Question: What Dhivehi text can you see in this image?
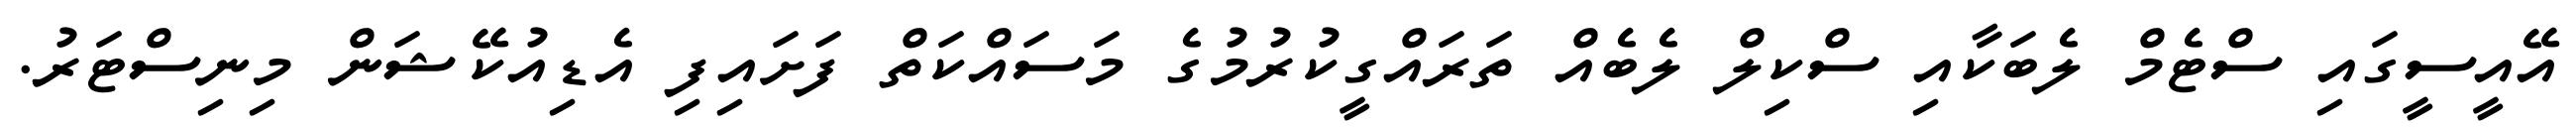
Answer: އޭއީސީގައި ސްޓެމް ލެބަކާއި ސްކިލް ލެބެއް ތަރައްގީކުރުމުގެ މަސައްކަތް ފަށައިފި އެޑިއުކޭޝަން މިނިސްޓަރު.